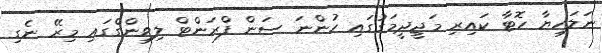
ނަލަހިޔާ ހޮޓާ ކައިރި މަޖީދީމަގުގައި ހުންނަ ސަން ފްރަންޓް ލިވިންގްގައި މިރޭ ނެގި